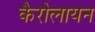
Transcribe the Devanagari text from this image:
कैरोलायन